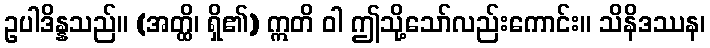
ဥပါဒိန္နသည်။ (အတ္ထိ၊ ရှိ၏) ဣတိ ဝါ ဤသို့သော်လည်းကောင်း။ သိနိဒဿန၊